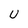
Character: U